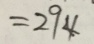
= 2 9 4